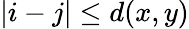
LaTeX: |i-j|\leq d(x,y)